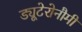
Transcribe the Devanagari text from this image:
ड्यूटेरोनौमी